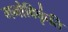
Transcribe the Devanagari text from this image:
मनोविकृ॑ति